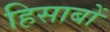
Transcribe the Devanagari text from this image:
हिसाबों